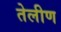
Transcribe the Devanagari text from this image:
तेलीण